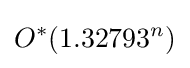
O^{*}(1.32793^{n})